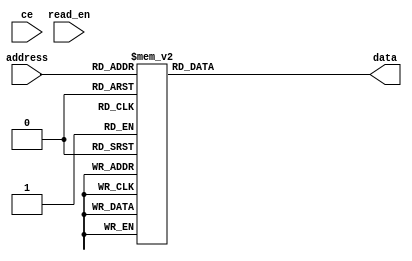

//-----------------------------------------------------
module rom_using_case (
address , // Address input
data    , // Data output
read_en , // Read Enable 
ce        // Chip Enable
);
input [3:0] address;
output [7:0] data;
input read_en;
input ce;

reg [7:0] data ;
       
always @ (ce or read_en or address)
begin
  case (address)
    0 : data = 10;
    1 : data = 55;
    2 : data = 244;
    3 : data = 0;
    4 : data = 1;
    5 : data = 8'hff;
    6 : data = 8'h11;
    7 : data = 8'h1;
    8 : data = 8'h10;
    9 : data = 8'h0;
    10 : data = 8'h10;
    11 : data = 8'h15;
    12 : data = 8'h60;
    13 : data = 8'h90;
    14 : data = 8'h70;
    15 : data = 8'h90;
  endcase
end

endmodule